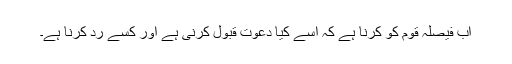
اب فیصلہ قوم کو کرنا ہے کہ اسے کیا دعوت قبول کرنی ہے اور کسے رد کرنا ہے۔